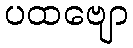
ပထဗျော